Statistics of inoculations with Haffkine's anti-plague vaccine 1897-1900
Year: 1897
Disease focus: Plague
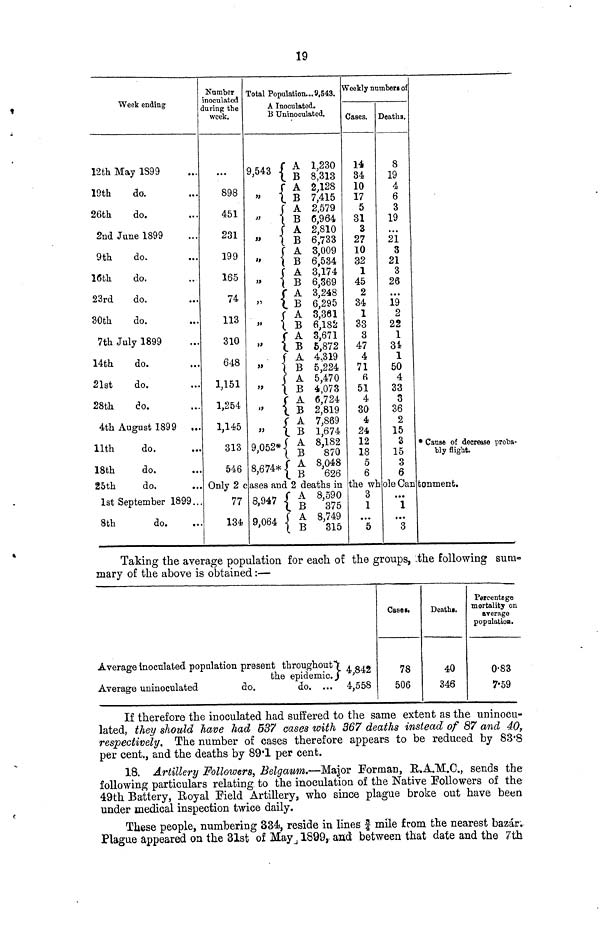
19
Week ending
12th May 1899
19th
26th
do.
do.
2nd Jane 1899
9th
16th
23rd
30th
do.
do.
do.
do.
7th July 1899
14th
21st
28th
do.
do.
do.
4th August 1899
11th
18th
25th
do.
do.
do.
1st September 18
8th
do.
•••
•••
•••
•••
•••
•••
•••
•••
•••
•••
•••
•••
•••
•••
•••
•••
99..
••
Number
inoculated
during the
week.
•••
898
451
231
199
165
74
113
310
648
1,151
1,254
1,145
313
546
Total Population...9,543.
A Inoculated.
B Uninooulated.
9,543
A
B
" A
B
" A
B
" A
B
" A
B
" A
B A
" B
A
"
B
A
"
B
A
"
B
A
"
B
A
"
B
A
"
B
9,052*
A
B
8,674*
A
B
1,230
8,313
2,128
7,415
2,579
6,964
2,810
6,733
8,009
6,534
3,174
6,369
3,248
6,295
3,361
6,182
3,671
6,872
4,319
5,224
5,470
4,073
6,724
2,819
7,869
1,674
8,182
870
8,048
626
Weekly numbers of
Cases.
14
34
10
17
5
31
3
27
10
32
1
45
2
34
1
33
3
47
4
71
6
51
4
30
4
24
12
18
5
6
Deaths.
8
19
4
6
3
19
21
3
21
3
26
19
2
22
1
31
1
50
4
33
3
36
2
15
3
15
3
6
* Cause of decrease proba-
bly flight.
Only 2 cases and 2 deaths in the whole Canltonment.
77
134
8,947
A
B
9,064
A
B
8,590
375
8,749
315
3
1
...
5
...
1
3
Taking the average population for each of the groups, The following sum-
mary of the above is obtained :—
Average Inoculated population present throughout
the epidemic
Average uninoculated
do.
do. ...
4,842
4,558
Cases
78
506
Deaths.
40
346
Percentage
mortality on
average
population.
0.83
7.59
If therefore the inoculated had suffered to the same extent as the uninocu-
lated, they should Have had 637 cases with 367 deaths instead of 87 and 40,
respectively. The number of cases therefore appears to be reduced by 83.8
per cent., and the deaths by 89.1 per cent.
18. Artillery Followers, Belgaum.—Major Forman, R.A.M.C., sends the
following particulars relating to the inoculation of the Native followers of the
49th Battery, Royal Field Artillery, who since plague broke out have been
under medical inspection twice daily.
These people, numbering 334, reside in lines 3/4 mile from the nearest bazar.
Plague appeared on the 31st of May, 1899, and between that date and the 7th